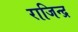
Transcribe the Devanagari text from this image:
राजिन्द्र